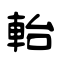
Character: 軩